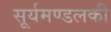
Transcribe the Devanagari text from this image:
सूर्यमण्डलकी